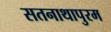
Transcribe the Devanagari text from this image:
सतनाथापुरम